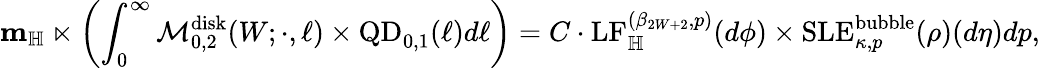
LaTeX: \mathbf{m}_{\mathbb H}\ltimes\left(\int_{0}^{\infty}\mathcal{M}_{0,2}^{\mathrm{disk}}(W;\cdot,\ell)\times\mathrm{QD}_{0,1}(\ell)d\ell\right)=C\cdot\mathrm{LF}_{\mathbb H}^{(\beta_{2W+2},p)}(d\phi)\times\mathrm{SLE}_{\kappa,p}^{\mathrm{bubble}}(\rho)(d\eta)dp,